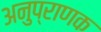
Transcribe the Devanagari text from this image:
अनुप्राणक